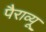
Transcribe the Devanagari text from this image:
पैराव्यू